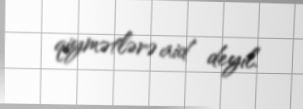
qiymətlərə aid deyil.